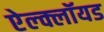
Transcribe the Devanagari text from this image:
ऐल्क्लॉयड